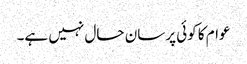
عوام کا کوئی پرسان حال نہیں ہے۔